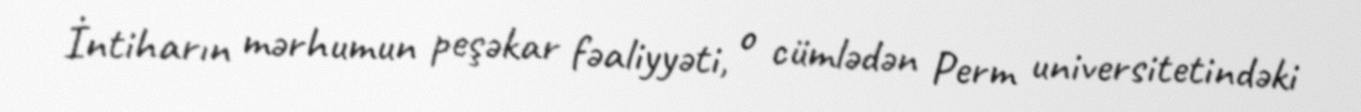
İntiharın mərhumun peşəkar fəaliyyəti, o cümlədən Perm universitetindəki